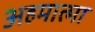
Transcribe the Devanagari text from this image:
अहमात्मा